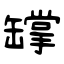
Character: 罉